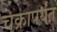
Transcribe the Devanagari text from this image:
चक्रापर्यंत